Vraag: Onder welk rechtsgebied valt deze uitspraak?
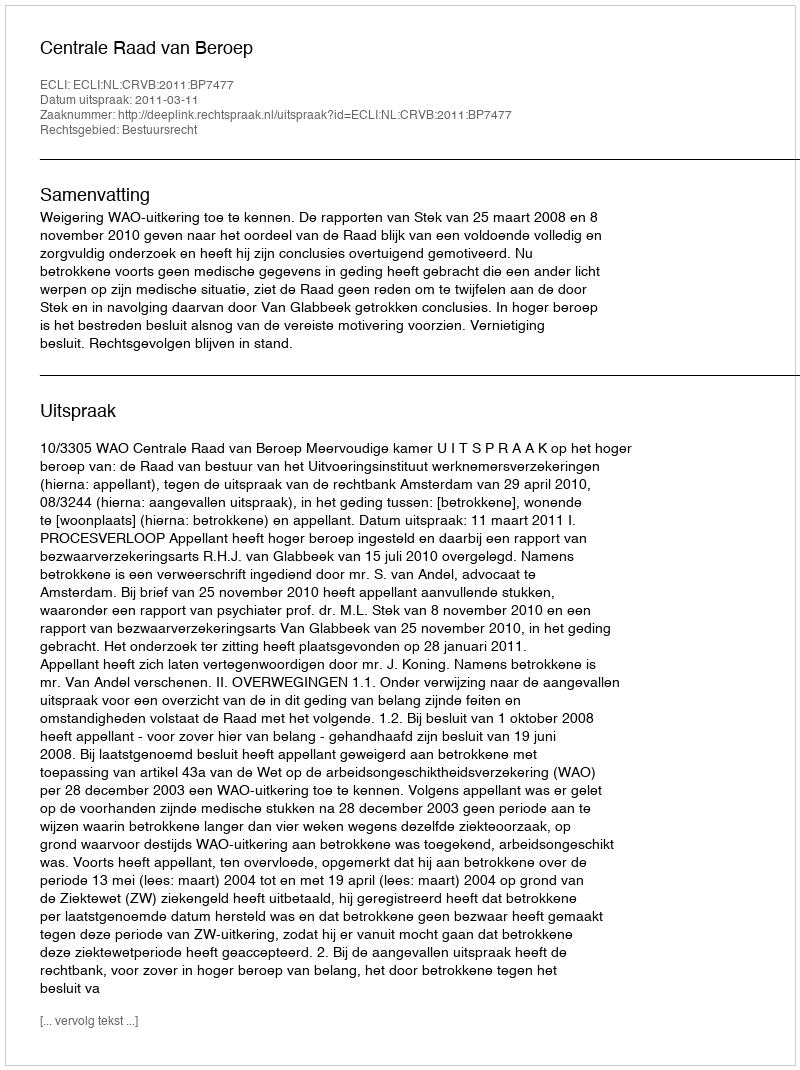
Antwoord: Bestuursrecht